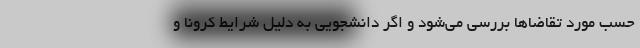
حسب مورد تقاضاها بررسی می‌شود و اگر دانشجویی به دلیل شرایط کرونا و